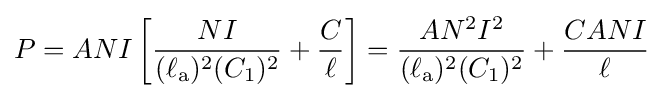
P=ANI\left[{\frac {NI}{(\ell _{\mathrm {a} })^{2}(C_{1})^{2}}}+{\frac {C}{\ell }}\right]={\frac {AN^{2}I^{2}}{(\ell _{\mathrm {a} })^{2}(C_{1})^{2}}}+{\frac {CANI}{\ell }}